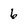
Character: 6